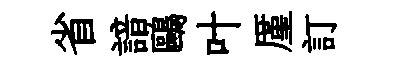
省諳鷗叶厪訂